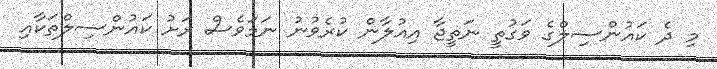
މި ދެ ކައުންސިލްގެ ވަގުތީ ނަތީޖާ އިއުލާން ކުރެވުނު ނަމަވެސް ރަށު ކައުންސިލްތަކާއި